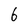
Character: 6